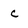
Character: C